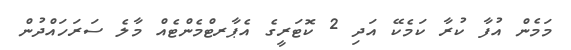
މަމެން އުފާ ކުރާ ކަމެކޭ އަދި 2 ކޮޓަރީގެ އެޕާރޓްމެންޓެއް މާލެ ސަރަަހައްދުން